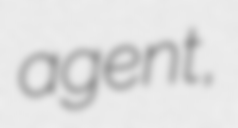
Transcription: agent,